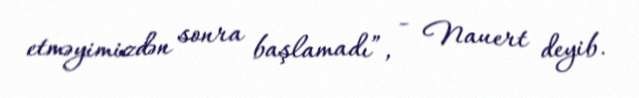
etməyimizdən sonra başlamadı”, - Nauert deyib.